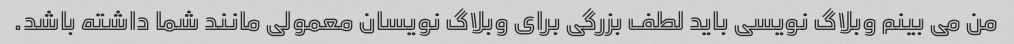
من می بینم وبلاگ نویسی باید لطف بزرگی برای وبلاگ نویسان معمولی مانند شما داشته باشد.